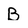
Character: B